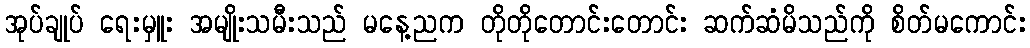
အုပ်ချုပ် ရေးမှူး အမျိုးသမီးသည် မနေ့ညက တိုတိုတောင်းတောင်း ဆက်ဆံမိသည်ကို စိတ်မကောင်း